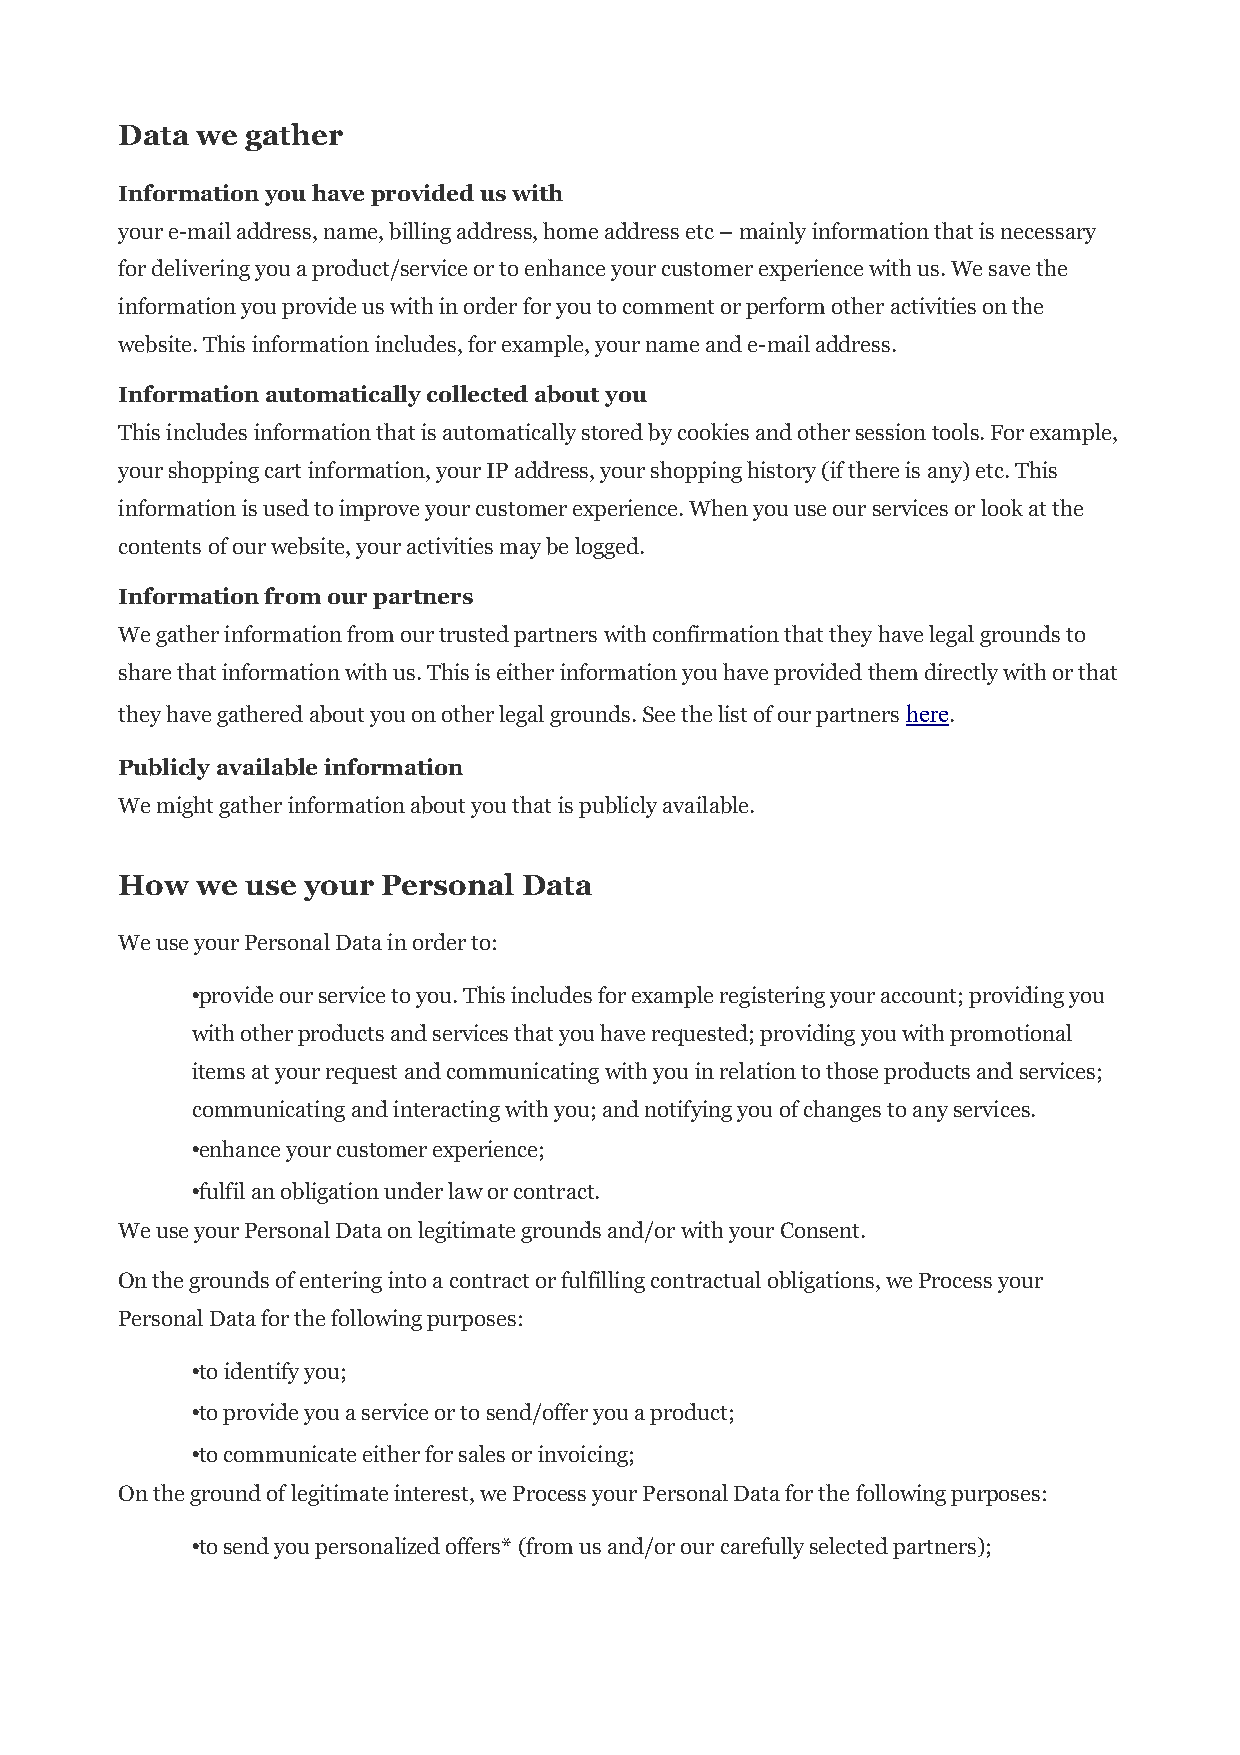
Data we gather
 Information you have provided us with
 your e-mail address, name, billing address, home address etc – mainly information that is necessary
 for delivering you a product/service or to enhance your customer experience with us. We save the
 information you provide us with in order for you to comment or perform other activities on the
 website. This information includes, for example, your name and e-mail address.
 Information automatically collected about you
 This includes information that is automatically stored by cookies and other session tools. For example,
 your shopping cart information, your IP address, your shopping history (if there is any) etc. This
 information is used to improve your customer experience. When you use our services or look at the
 contents of our website, your activities may be logged.
 Information from our partners
 We gather information from our trusted partners with confirmation that they have legal grounds to
 share that information with us. This is either information you have provided them directly with or that
 they have gathered about you on other legal grounds. See the list of our partners here.
 Publicly available information
 We might gather information about you that is publicly available.
 How  we use your Personal  Data
 We use your Personal Data in order to:
 •provide our service to you. This includes for example registering your account; providing you
 with other products and services that you have requested; providing you with promotional
 items at your request and communicating with you in relation to those products and services;
 communicating and interacting with you; and notifying you of changes to any services.
 •enhance your customer experience;
 •fulfil an obligation under law or contract.
 We use your Personal Data on legitimate grounds and/or with your Consent.
 On the grounds of entering into a contract or fulfilling contractual obligations, we Process your
 Personal Data for the following purposes:
 •to identify you;
 •to provide you a service or to send/offer you a product;
 •to communicate either for sales or invoicing;
 On the ground of legitimate interest, we Process your Personal Data for the following purposes:
 •to send you personalized offers* (from us and/or our carefully selected partners);